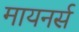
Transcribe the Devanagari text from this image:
मायनर्स